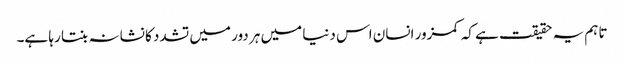
تاہم یہ حقیقت ہے کہ کمزور انسان اس دنیا میں ہر دور میں تشدد کا نشانہ بنتا رہا ہے۔